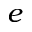
e